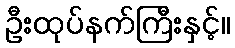
ဦးထုပ်နက်ကြီးနှင့်။